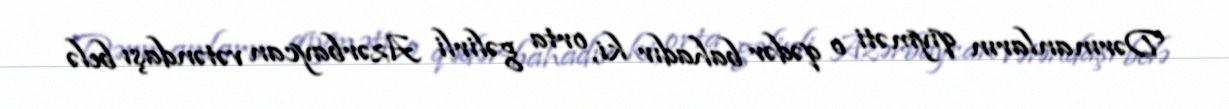
Dərmanların qiyməti o qədər bahadır ki, orta gəlirli Azərbaycan vətəndaşı belə